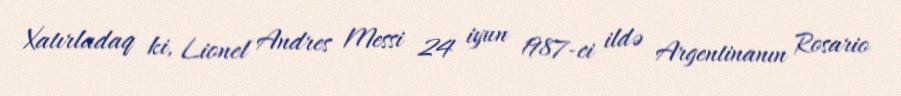
Xatırladaq ki, Lionel Andres Messi 24 iyun 1987-ci ildə Argentinanın Rosario